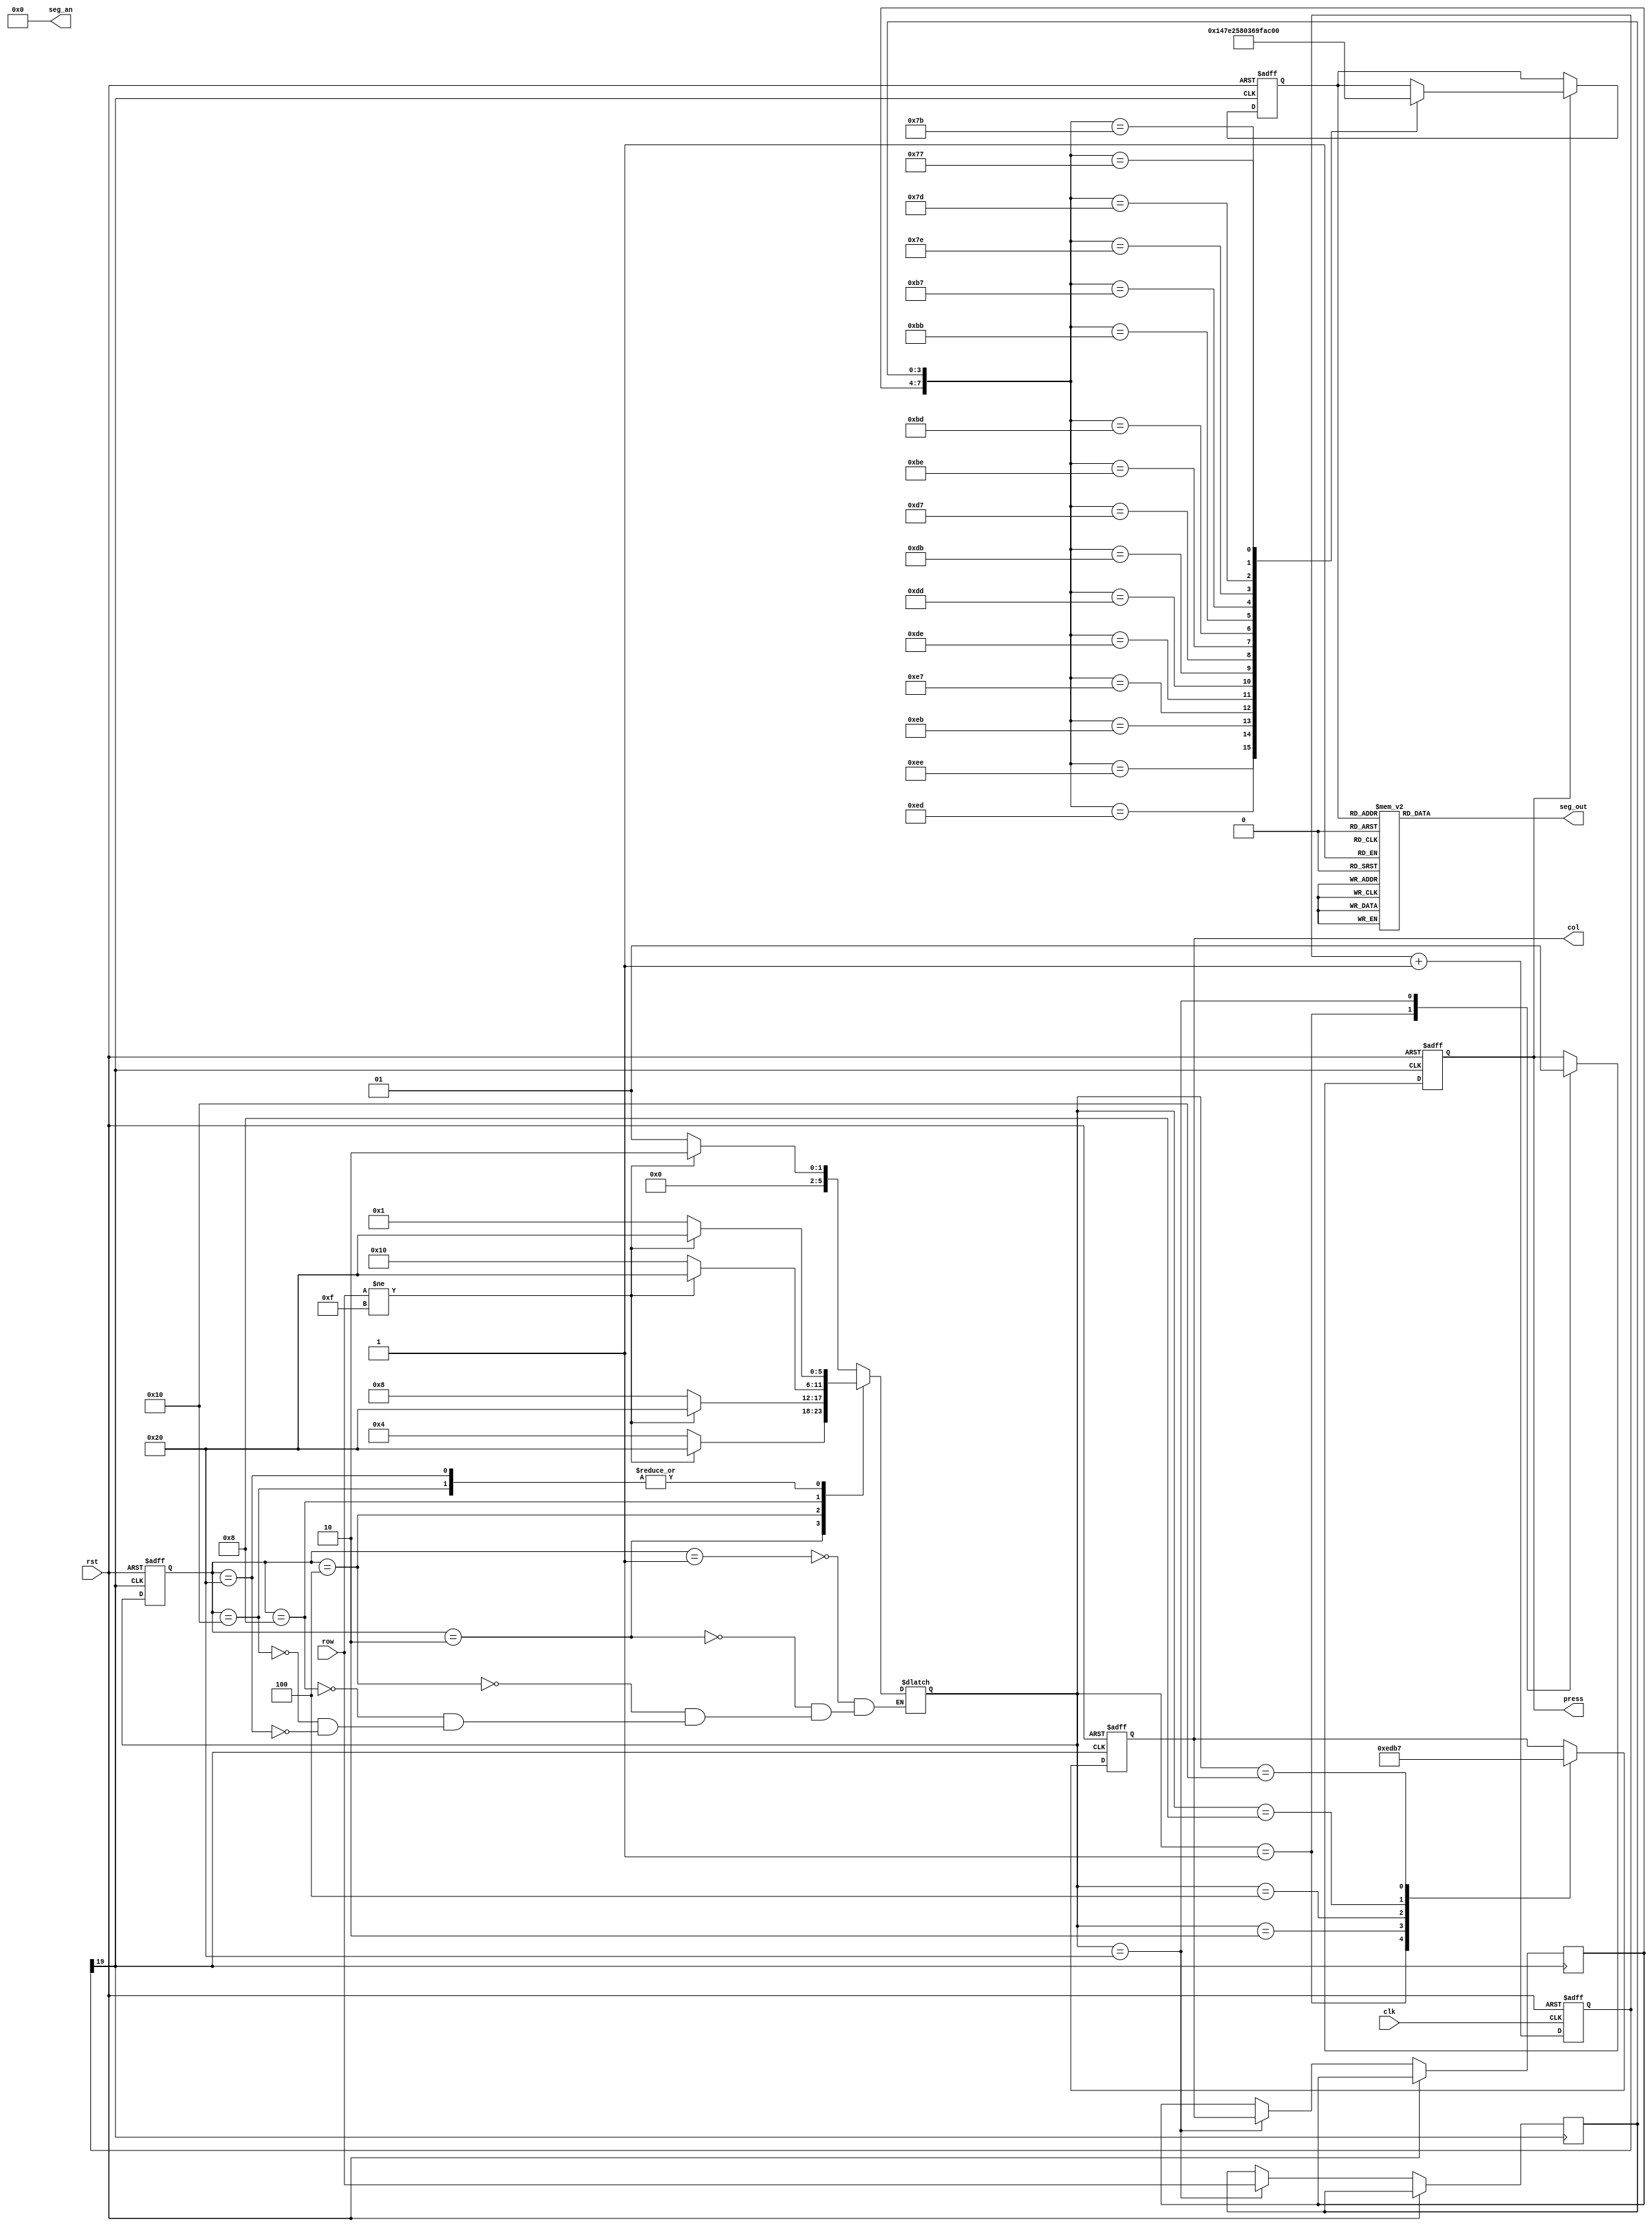
module key_top(clk, rst, row, col, seg_an, seg_out, press);
input           clk;
input           rst;
input      [3:0] row;                 //  
output reg [3:0] col;                 //  
output     [7:0] seg_an;
//  output reg [7:0] seg_out   
output  reg [7:0] seg_out;   
output press;
 
//++++++++++++++++++++++++++++++++++++++
//  
//++++++++++++++++++++++++++++++++++++++
reg [19:0] cnt;                         // 
wire key_clk;
 
always @ (posedge clk or posedge rst)
  if (rst)
    cnt <= 0;
  else
    cnt <= cnt + 1'b1;
    
assign key_clk = cnt[19];                // (2^20/50M = 21)ms 
//--------------------------------------
//  
//--------------------------------------
 
//++++++++++++++++++++++++++++++++++++++
//  
//++++++++++++++++++++++++++++++++++++++
// 
parameter NO_KEY_PRESSED = 6'b000_001;  //   
parameter SCAN_COL0      = 6'b000_010;  // 0 
parameter SCAN_COL1      = 6'b000_100;  // 1 
parameter SCAN_COL2      = 6'b001_000;  // 2 
parameter SCAN_COL3      = 6'b010_000;  // 3 
parameter KEY_PRESSED    = 6'b100_000;  // 

reg [5:0] current_state, next_state;    // 
 
always @ (posedge key_clk or posedge rst)
  if (rst)
    current_state <= NO_KEY_PRESSED;
  else
    current_state <= next_state;
 
// 
always @ (*)
  case (current_state)
    NO_KEY_PRESSED :                    // 
        if (row != 4'hF)
          next_state = SCAN_COL0;
        else
          next_state = NO_KEY_PRESSED;
    SCAN_COL0 :                         // 0 
        if (row != 4'hF)
          next_state = KEY_PRESSED;
        else
          next_state = SCAN_COL1;
    SCAN_COL1 :                         // 1 
        if (row != 4'hF)
          next_state = KEY_PRESSED;
        else
          next_state = SCAN_COL2;    
    SCAN_COL2 :                         // 2
        if (row != 4'hF)
          next_state = KEY_PRESSED;
        else
          next_state = SCAN_COL3;
    SCAN_COL3 :                         // 3
        if (row != 4'hF)
          next_state = KEY_PRESSED;
        else
          next_state = NO_KEY_PRESSED;
    KEY_PRESSED :                       // 
        if (row != 4'hF)
          next_state = KEY_PRESSED;
        else
          next_state = NO_KEY_PRESSED;                      
  endcase
 
reg       key_pressed_flag;             // 
reg [3:0] col_val, row_val;             // 
 
// 
always @ (posedge key_clk or posedge rst)
  if (rst)
  begin
    col              <= 4'h0;
    key_pressed_flag <=    0;
  end
  else
    case (next_state)
      NO_KEY_PRESSED :                  // 
      begin
        col              <= 4'h0;
        key_pressed_flag <=    0;       // 
      end
      SCAN_COL0 :                       // 0
        col <= 4'b1110;
      SCAN_COL1 :                       // 1
        col <= 4'b1101;
      SCAN_COL2 :                       // 2
        col <= 4'b1011;
      SCAN_COL3 :                       // 3
        col <= 4'b0111;
      KEY_PRESSED :                     // 
      begin
        col_val          <= col;        // 
        row_val          <= row;        // 
        key_pressed_flag <= 1;          //   
      end
    endcase
    
    assign press = key_pressed_flag;
//--------------------------------------
//  
//--------------------------------------
 
 
//++++++++++++++++++++++++++++++++++++++
//  
//++++++++++++++++++++++++++++++++++++++
reg [3:0] keyboard_val;
always @ (posedge key_clk or posedge rst)
  if (rst)
    keyboard_val <= 4'h0;
  else
    if (key_pressed_flag)
      case ({col_val, row_val})
        8'b1110_1110 : keyboard_val <= 4'h1;
        8'b1110_1101 : keyboard_val <= 4'h4;
        8'b1110_1011 : keyboard_val <= 4'h7;
        8'b1110_0111 : keyboard_val <= 4'hE;
         
        8'b1101_1110 : keyboard_val <= 4'h2;
        8'b1101_1101 : keyboard_val <= 4'h5;
        8'b1101_1011 : keyboard_val <= 4'h8;
        8'b1101_0111 : keyboard_val <= 4'h0;
         
        8'b1011_1110 : keyboard_val <= 4'h3;
        8'b1011_1101 : keyboard_val <= 4'h6;
        8'b1011_1011 : keyboard_val <= 4'h9;
        8'b1011_0111 : keyboard_val <= 4'hF;
         
        8'b0111_1110 : keyboard_val <= 4'hA; 
        8'b0111_1101 : keyboard_val <= 4'hB;
        8'b0111_1011 : keyboard_val <= 4'hC;
        8'b0111_0111 : keyboard_val <= 4'hD;        
      endcase
//--------------------------------------
//   
//--------------------------------------

//--------------------------------------
//  
//--------------------------------------
assign seg_an = ~8'b11111111;
always @ (keyboard_val)
     begin 
     case (keyboard_val)
         4'h0: seg_out = 8'b11000000; // 0
         4'h1: seg_out = 8'b11111001; // 1
         4'h2: seg_out = 8'b10100100; // 2
         4'h3: seg_out = 8'b10110000; // 3
         4'h4: seg_out = 8'b10011001; // 4
         4'h5: seg_out = 8'b10010010; // 5
         4'h6: seg_out = 8'b10000010; // 6
         4'h7: seg_out = 8'b11111000; // 7
         4'h8: seg_out = 8'b10000000; // 8
         4'h9: seg_out = 8'b10010000; // 9
         4'ha: seg_out = 8'b10001000; // A
         4'hb: seg_out = 8'b10000011; // b
         4'hc: seg_out = 8'b11000110; // c
         4'hd: seg_out = 8'b10100001; // d
         4'he: seg_out = 8'b10000110; // E
         4'hf: seg_out = 8'b10001110; // F
         default: seg_out = 8'b00000000;
     endcase
     end    
//     vio_0 your_instance_name (
//  .clk(clk),                // input wire clk
//  .probe_out0(seg_out)  // output wire [7 : 0] probe_out0
//);
endmodule